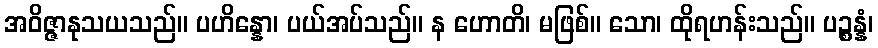
အဝိဇ္ဇာနုသယသည်။ ပဟိန္နော၊ ပယ်အပ်သည်။ န ဟောတိ၊ မဖြစ်။ သော၊ ထိုရဟန်းသည်။ ပဉ္စန္နံ၊